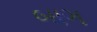
બાગ